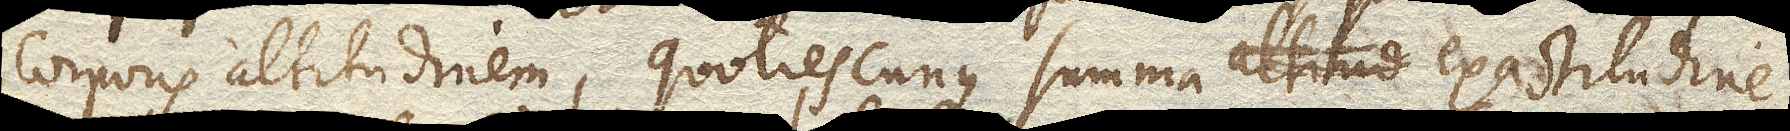
corporis altitudinem, quotiescunque summa exactitudine